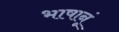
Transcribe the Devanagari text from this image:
भाषानूं